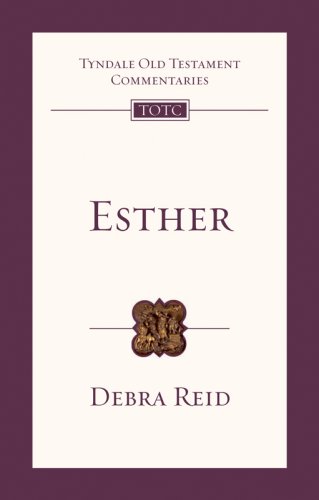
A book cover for Esther (Tyndale Old Testament Commentaries); Debra Reid; Christian Books & Bibles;